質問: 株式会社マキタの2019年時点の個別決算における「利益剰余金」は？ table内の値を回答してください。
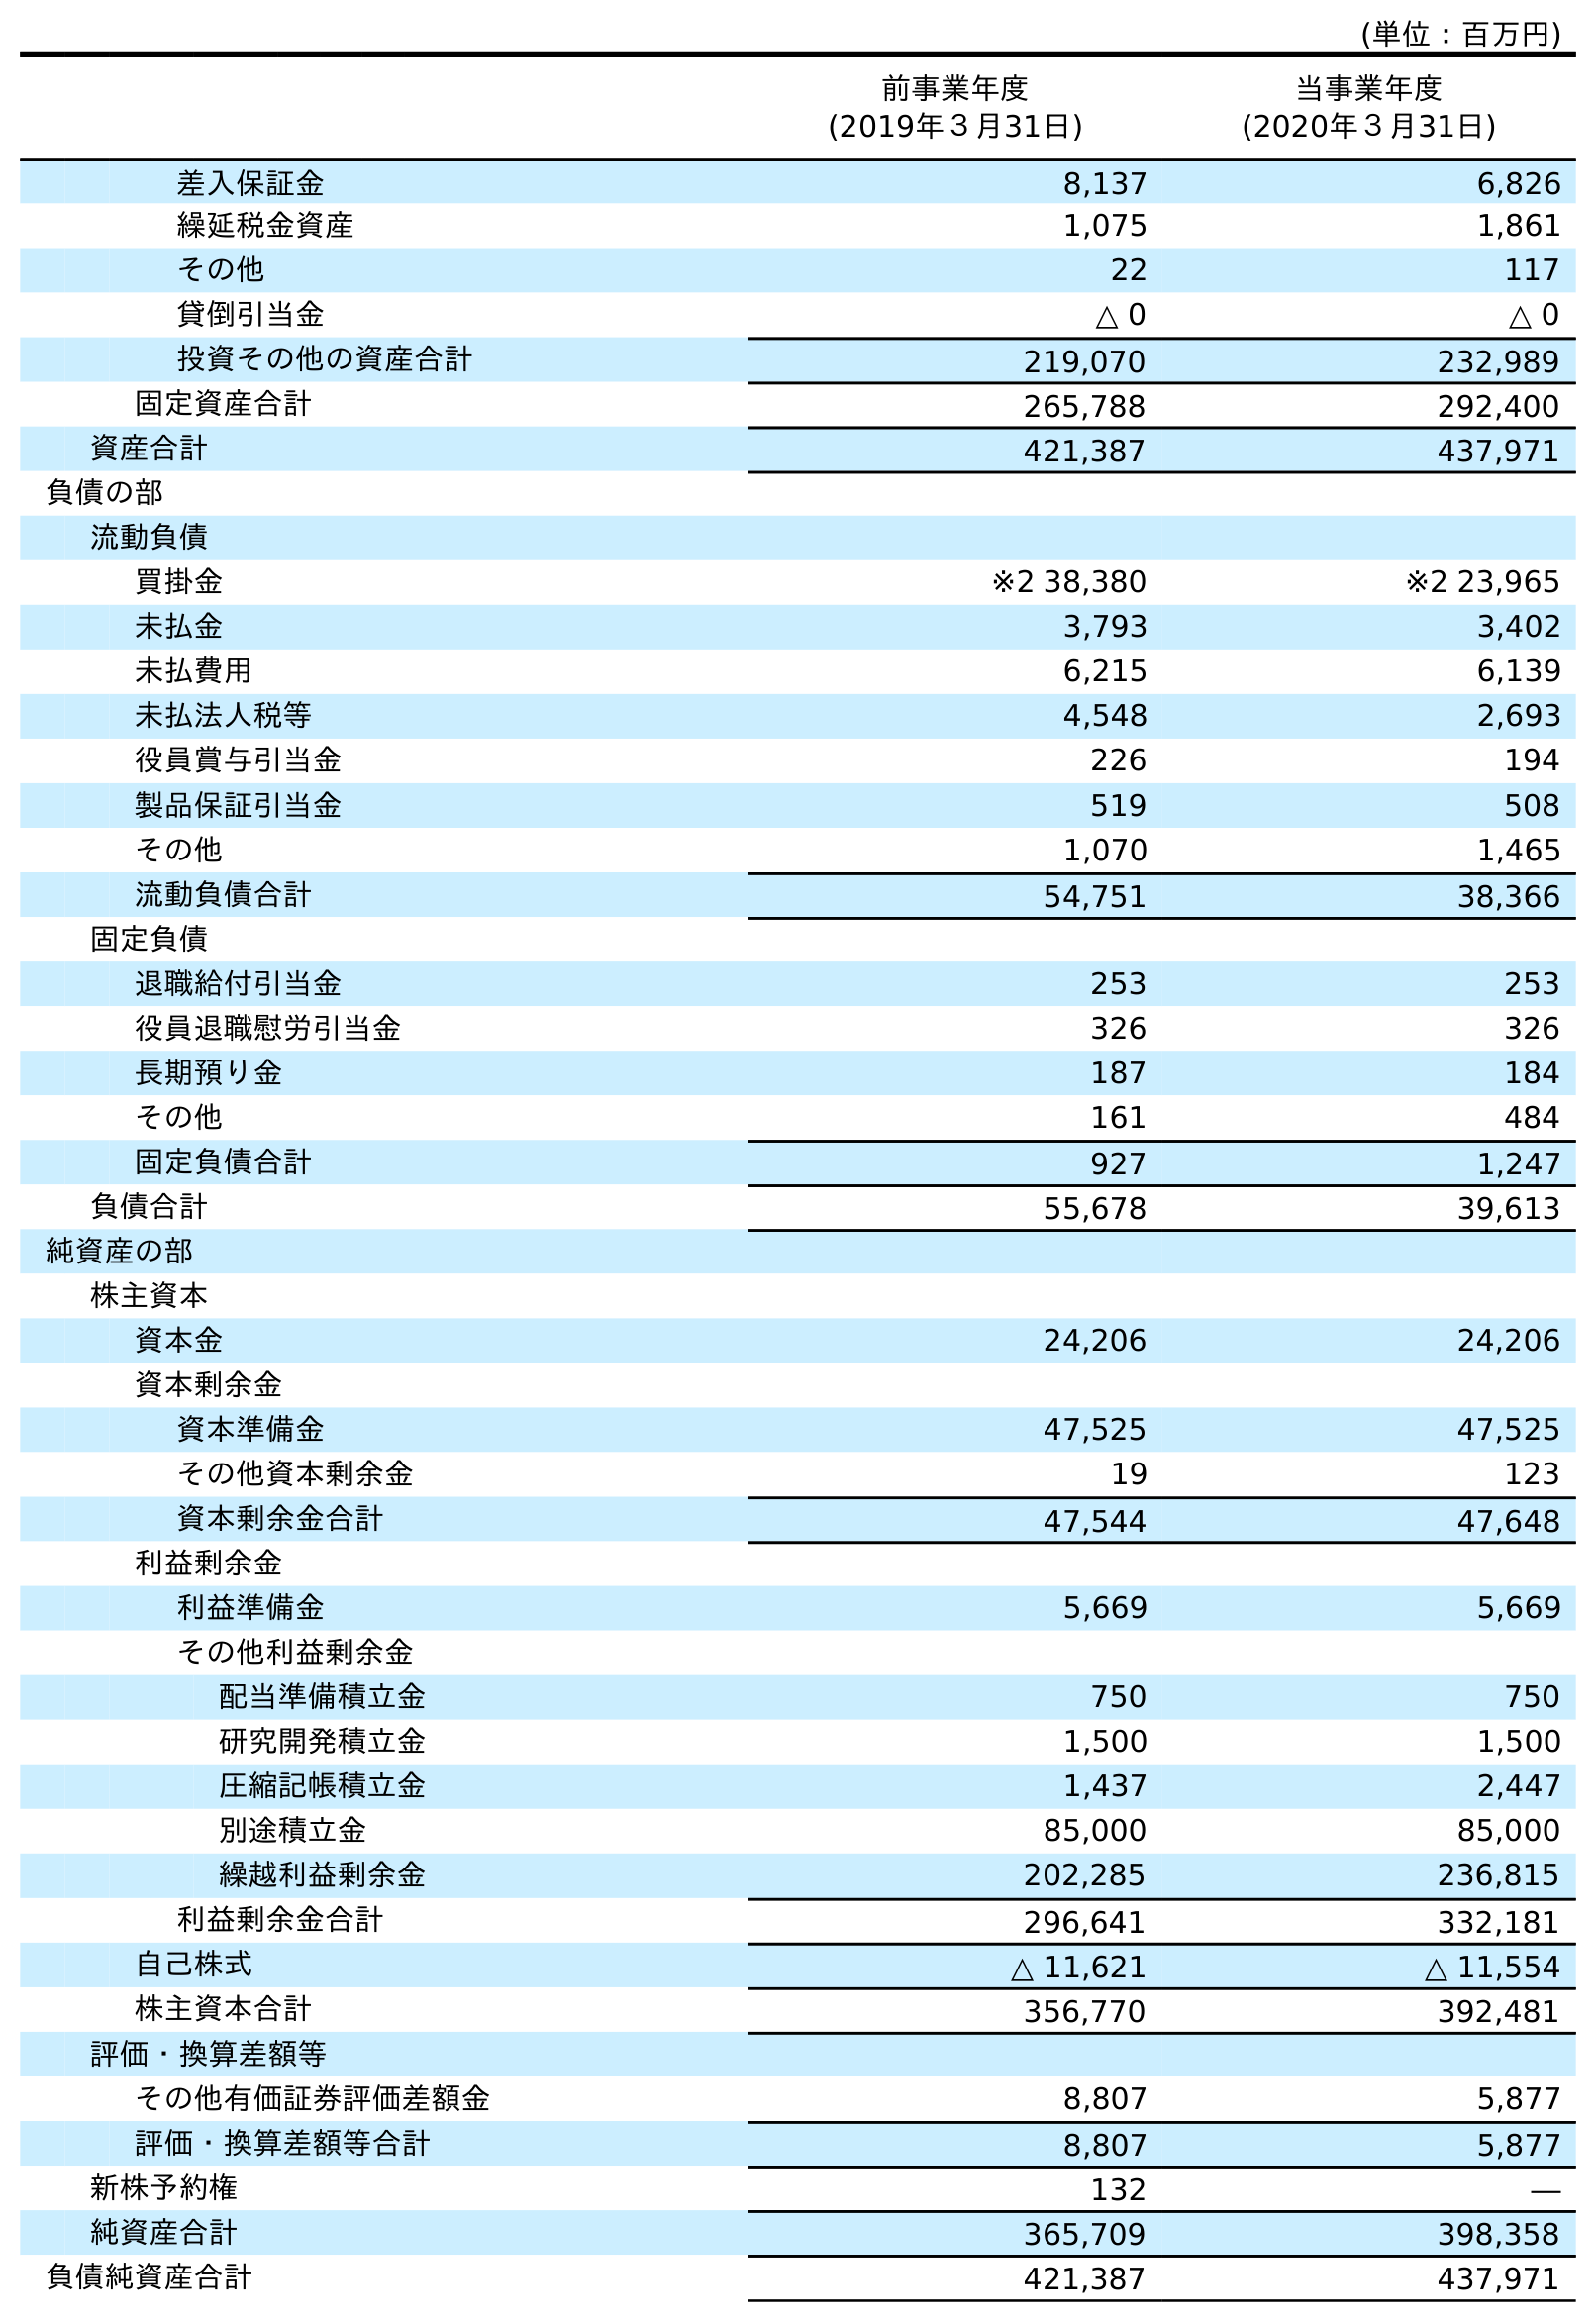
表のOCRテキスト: (単位：百万円) 前事業年度 (2019年３月31日) 当事業年度 (2020年３月31日) 差入保証金 8,137 6,826 繰延税金資産 1,075 1,861 その他 22 117 貸倒引当金 △ 0 △ 0 投資その他の資産合計 219,070 232,989 固定資産合計 265,788 292,400 資産合計 421,387 437,971 負債の部 流動負債 買掛金 ※2 38,380 ※2 23,965 未払金 3,793 3,402 未払費用 6,215 6,139 未払法人税等 4,548 2,693 役員賞与引当金 226 194 製品保証引当金 519 508 その他 1,070 1,465 流動負債合計 54,751 38,366 固定負債 退職給付引当金 253 253 役員退職慰労引当金 326 326 長期預り金 187 184 その他 161 484 固定負債合計 927 1,247 負債合計 55,678 39,613 純資産の部 株主資本 資本金 24,206 24,206 資本剰余金 資本準備金 47,525 47,525 その他資本剰余金 19 123 資本剰余金合計 47,544 47,648 利益剰余金 利益準備金 5,669 5,669 その他利益剰余金 配当準備積立金 750 750 研究開発積立金 1,500 1,500 圧縮記帳積立金 1,437 2,447 別途積立金 85,000 85,000 繰越利益剰余金 202,285 236,815 利益剰余金合計 296,641 332,181 自己株式 △ 11,621 △ 11,554 株主資本合計 356,770 392,481 評価・換算差額等 その他有価証券評価差額金 8,807 5,877 評価・換算差額等合計 8,807 5,877 新株予約権 132 ― 純資産合計 365,709 398,358 負債純資産合計 421,387 437,971
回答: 296,641